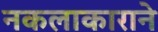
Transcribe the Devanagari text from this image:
नकलाकाराने